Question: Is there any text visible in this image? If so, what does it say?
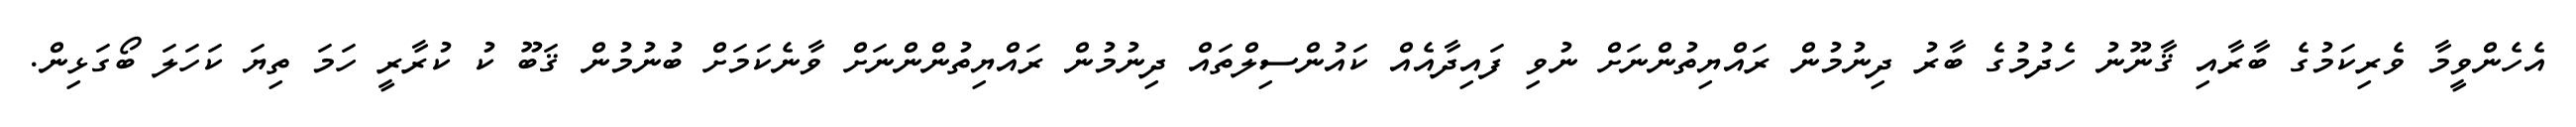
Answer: އެހެންވީމާ ވެރިކަމުގެ ބާރާއި ޤާނޫނު ހެދުމުގެ ބާރު ދިނުމުން ރައްޔިތުންނަށް ނުވި ފައިދާއެއް ކައުންސިލްތައް ދިނުމުން ރައްޔިތުންންނަށް ވާނެކަމަށް ބުނުމުން ޤަބޫ ކު ކުރާރީ ހަމަ ތިޔަ ކަހަލަ ބޯގަޅިން.